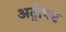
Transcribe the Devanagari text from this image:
अट्रोपट